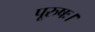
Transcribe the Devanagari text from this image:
पूरुषः।